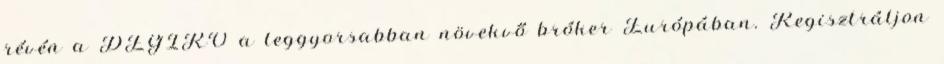
révén a DEGIRO a leggyorsabban növekvő bróker Európában. Regisztráljon